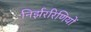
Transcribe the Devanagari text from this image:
निर्झररिणियों